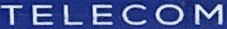
TELECOM